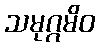
သမုဂ္ဂမိဝ